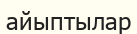
айыптылар